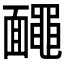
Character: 𪓱